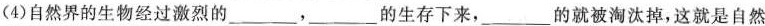
(4)自然界的生物经过激烈的___，___的生存下来，___的就被淘汰掉，这就是自然